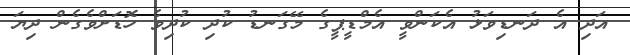
އަދި އެ ދަނޑިވަޅު އެކަންވީ އެމްޑީޕީގެ މޭގަނޑު ކުދި ކުދިވެ ހޮޑަށްވެގެން ދިޔަ